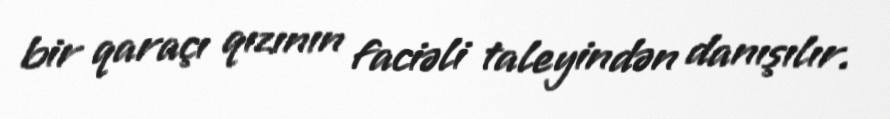
bir qaraçı qızının faciəli taleyindən danışılır.